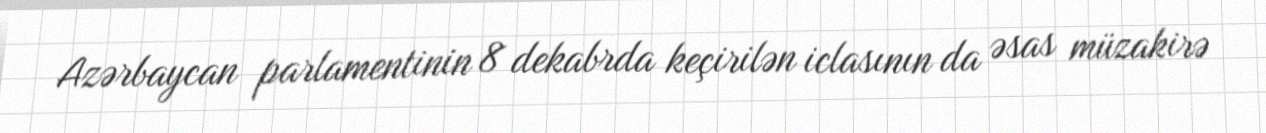
Azərbaycan parlamentinin 8 dekabrda keçirilən iclasının da əsas müzakirə